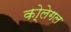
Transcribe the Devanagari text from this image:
को्लेगल